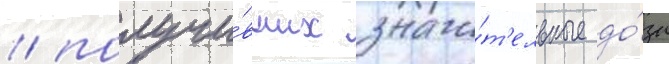
/ получи́вших значи́т'ельные до́зы